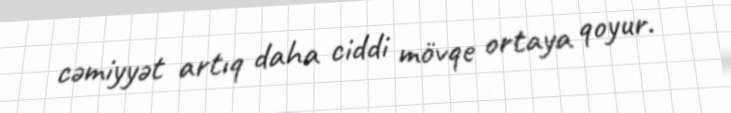
cəmiyyət artıq daha ciddi mövqe ortaya qoyur.